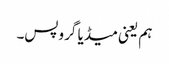
ہم یعنی میڈیا گروپس۔